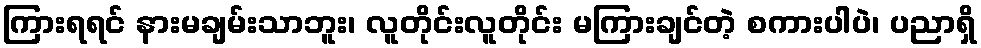
ကြားရရင် နားမချမ်းသာဘူး၊ လူတိုင်းလူတိုင်း မကြားချင်တဲ့ စကားပါပဲ၊ ပညာရှိ